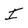
Character: I